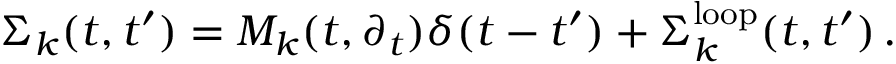
\Sigma _ { k } ( t , t ^ { \prime } ) = { \cal M } _ { k } ( t , \partial _ { t } ) \delta ( t - t ^ { \prime } ) + \Sigma _ { k } ^ { \mathrm { l o o p } } ( t , t ^ { \prime } ) \, .